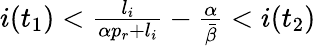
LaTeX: \begin{array}{r}{i(t_{1})<\frac{l_{i}}{\alpha p_{r}+l_{i}}-\frac{\alpha}{\bar{\beta}}<i(t_{2})}\end{array}